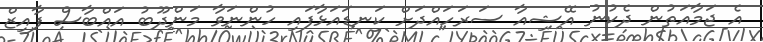
އެ ޖަމާއަތުން ދެކުނު އޭޝިއާ ސަރަހައްދަށް ކަނޑައަޅާފައި ހުންނަވާ މަންދޫބު އައްބާސް ފާއިޒް